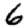
Digit: 6